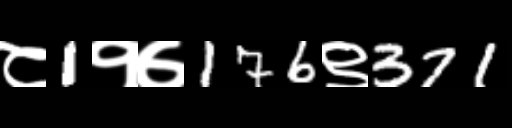
Text: ८1१७176९371